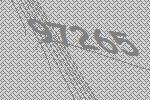
97265